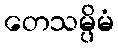
တေသမ္ပိမံ